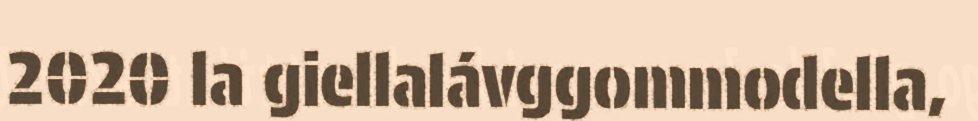
2020 la giellalávggommodella,